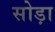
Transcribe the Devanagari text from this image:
सोड़ा